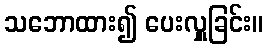
သဘောထား၍ ပေးလှူခြင်း။